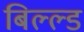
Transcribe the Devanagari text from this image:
बिल्ल्ड